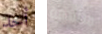
أحد متلهفة